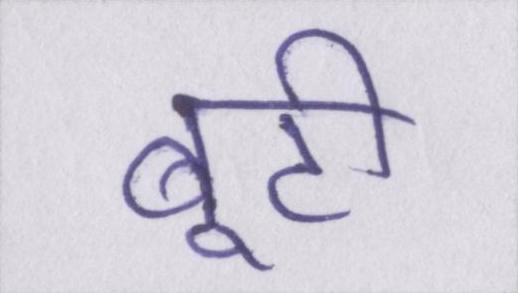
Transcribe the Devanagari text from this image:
बूटी